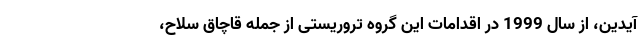
آیدین، از سال 1999 در اقدامات این گروه تروریستی از جمله قاچاق سلاح،